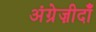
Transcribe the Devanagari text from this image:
अंग्रेज़ीदाँ